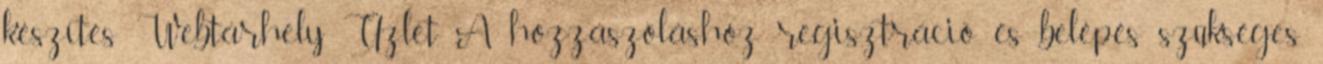
készítés Webtárhely Üzlet A hozzászóláshoz regisztráció és belépés szükséges